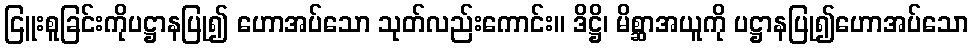
ငြူးစူခြင်းကိုပဋ္ဌာနပြု၍ ဟောအပ်သော သုတ်လည်းကောင်း။ ဒိဋ္ဌိ၊ မိစ္ဆာအယူကို ပဋ္ဌာနပြု၍ဟောအပ်သော